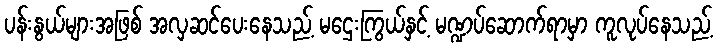
ပန်းနွယ်များအဖြစ် အလှဆင်ပေးနေသည့် မဌေးကြွယ်နှင့် မဏ္ဍပ်ဆောက်ရာမှာ ကူလုပ်နေသည့်